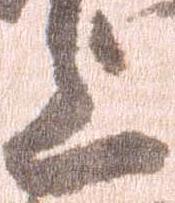
上